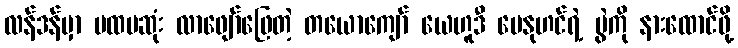
လန်ဒန်မှာ ပထမဆုံး လာဖျော်ဖြေတဲ့ တယောကျော် ယေဟူဒီ မေနုဟင်ရဲ့ ပွဲကို နားထောင်ဖို့